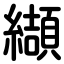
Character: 纈